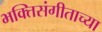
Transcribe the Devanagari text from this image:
भक्तिसंगीताच्या